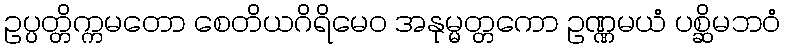
ဥပ္ပတ္တိက္ကမတော စေတိယဂိရိမေဝ အနုမ္မတ္တကော ဥဏ္ဏမယံ ပစ္ဆိမဘဝံ